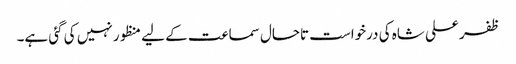
ظفر علی شاہ کی درخواست تاحال سماعت کے لیے منظور نہیں کی گئی ہے۔